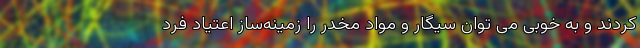
کردند و به خوبی می توان سیگار و مواد مخدر را زمینه‌ساز اعتیاد فرد